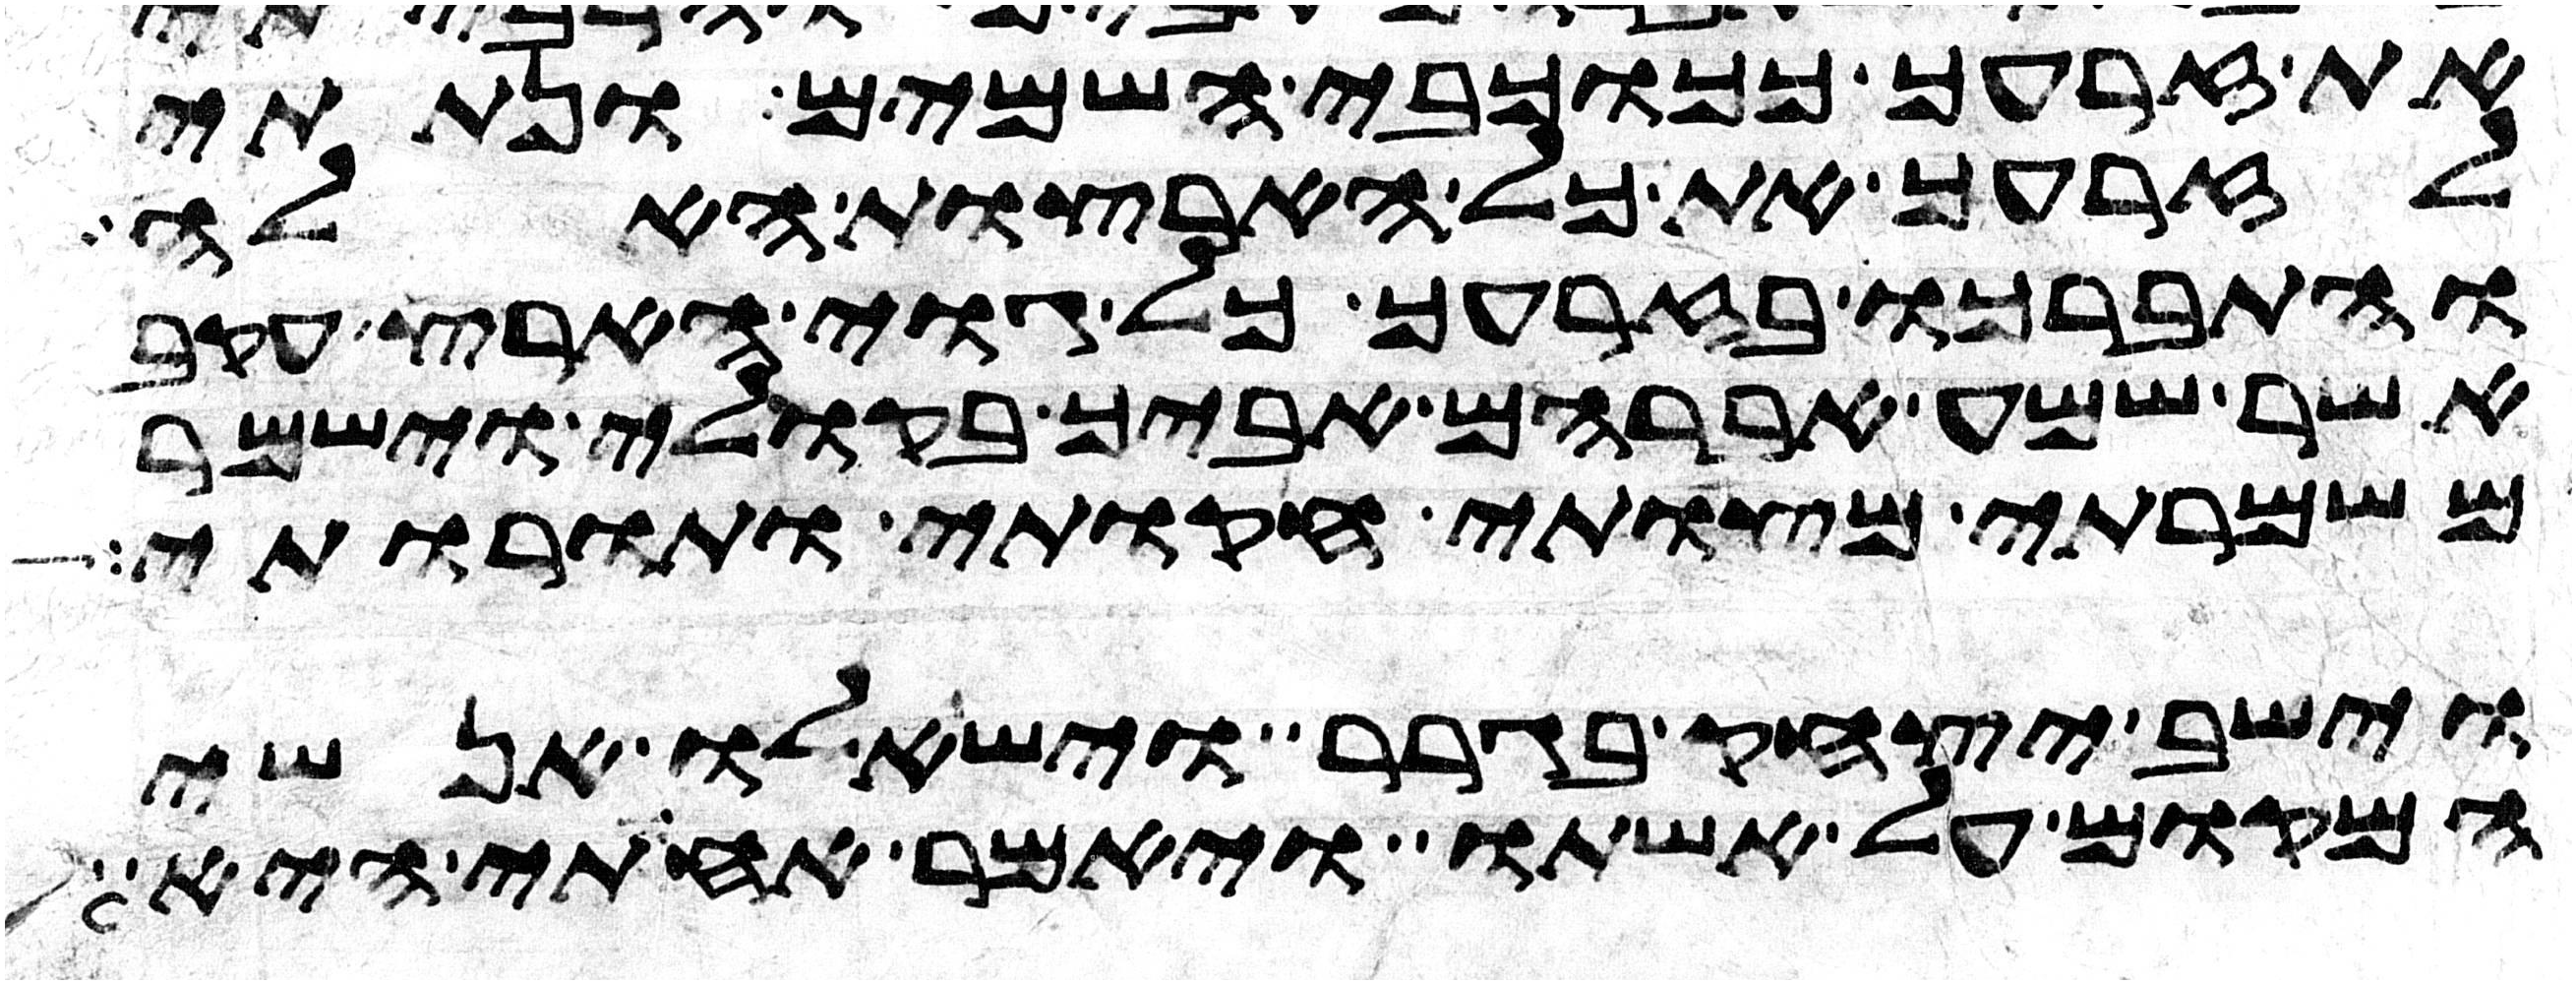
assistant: את זרעך ככוכבי השמים ונתתי
לזרעך את כל הארצות האלה
והתברכו בזרעך כל גוי הארץ עקב
אשר שמע אברהם אביך בקולי וישמר
משמרתי מצותי חקותי ותורותי
וישב יצחק בגרר וישאלו אנשי
המקום על אשתו ויאמר אחותי היא